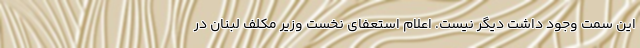
این سمت وجود داشت دیگر نیست. اعلام استعفای نخست وزیر مکلف لبنان در